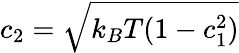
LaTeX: c_{2}=\sqrt{k_{B}T(1-c_{1}^{2})}